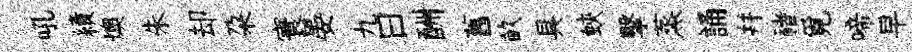
吼績燠朱却朶寰晏九曰酬舊畝具蛺擊蒸誦幷禇覓啼早